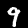
Digit: 9